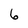
Character: 6